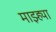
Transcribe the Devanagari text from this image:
माझ्ह्या